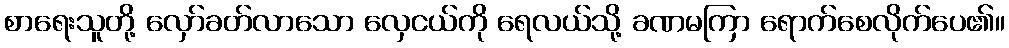
စာရေးသူတို့ လှော်ခတ်လာသော လှေငယ်ကို ရေလယ်သို့ ခဏမကြာ ရောက်စေလိုက်ပေ၏။